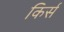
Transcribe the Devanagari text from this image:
किर्स